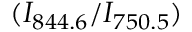
( I _ { 8 4 4 . 6 } / I _ { 7 5 0 . 5 } )